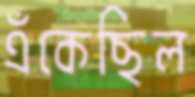
এঁকেছিল